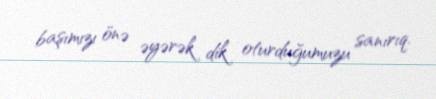
başımızı önə əyərək dik oturduğumuzu sanırıq.